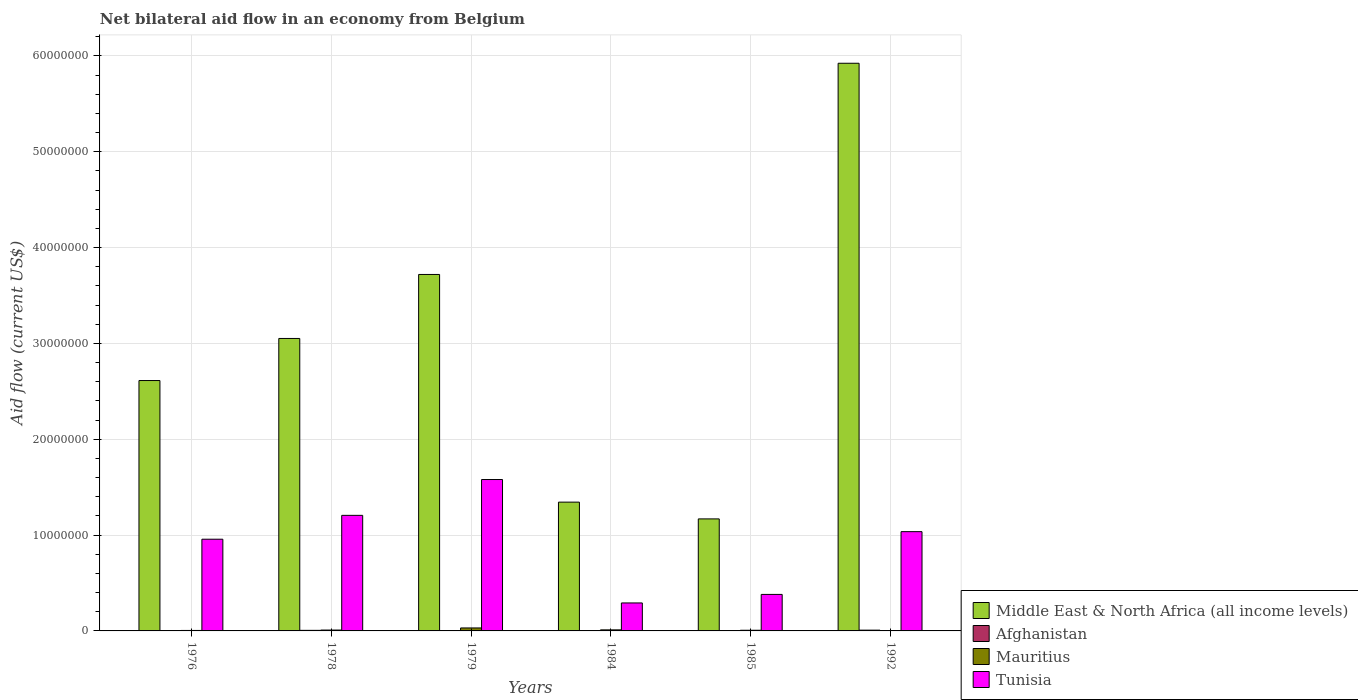
| Years | Middle East & North Africa (all income levels) | Afghanistan | Mauritius | Tunisia |
 | --- | --- | --- | --- | --- |
 | 1976 | 2.61e+07 | 4e+04 | 5e+04 | 9.57e+06 |
 | 1978 | 3.05e+07 | 6e+04 | 9e+04 | 1.21e+07 |
 | 1979 | 3.72e+07 | 4e+04 | 3.1e+05 | 1.58e+07 |
 | 1984 | 1.34e+07 | 3e+04 | 1.1e+05 | 2.92e+06 |
 | 1985 | 1.17e+07 | 3e+04 | 7e+04 | 3.81e+06 |
 | 1992 | 5.92e+07 | 8e+04 | 3e+04 | 1.04e+07 |